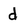
Character: d